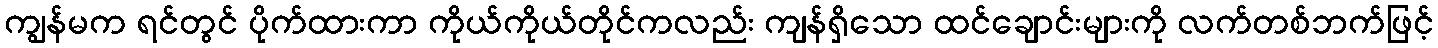
ကျွန်မက ရင်တွင် ပိုက်ထားကာ ကိုယ်ကိုယ်တိုင်ကလည်း ကျန်ရှိသော ထင်ချောင်းများကို လက်တစ်ဘက်ဖြင့်